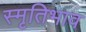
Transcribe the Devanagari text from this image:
स्मृतिभाव